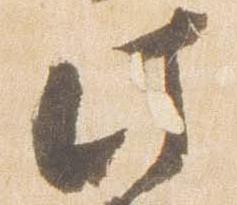
此